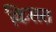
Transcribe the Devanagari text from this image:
किसरा